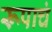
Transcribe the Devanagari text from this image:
रूपाचं